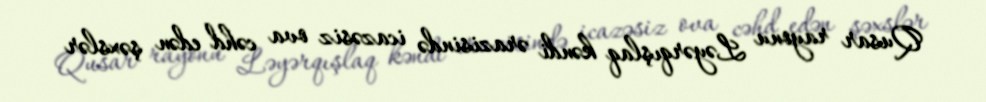
Qusar rayonu Ləyərqışlaq kəndi ərazisində icazəsiz ova cəhd edən şəxslər